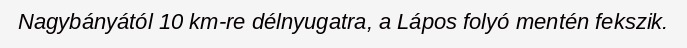
Nagybányától 10 km-re délnyugatra, a Lápos folyó mentén fekszik.